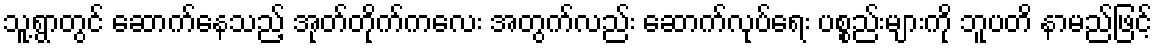
သူ့ရွာတွင် ဆောက်နေသည့် အုတ်တိုက်ကလေး အတွက်လည်း ဆောက်လုပ်ရေး ပစ္စည်းများကို ဘူပတိ နာမည်ဖြင့်